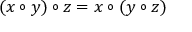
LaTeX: ( x \circ y ) \circ z = x \circ ( y \circ z )